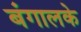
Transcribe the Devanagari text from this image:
बंगालके